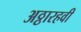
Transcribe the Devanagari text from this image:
अठ्ठारहवी